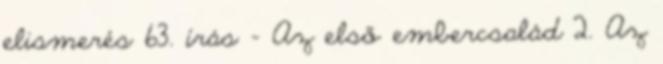
elismerés 63. írás - Az első embercsalád 2. Az